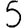
Digit: 5